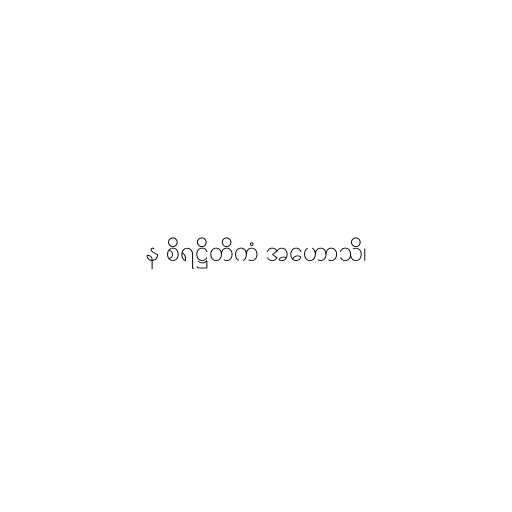
န စိရဋ္ဌိတိကံ အဟောသိ၊